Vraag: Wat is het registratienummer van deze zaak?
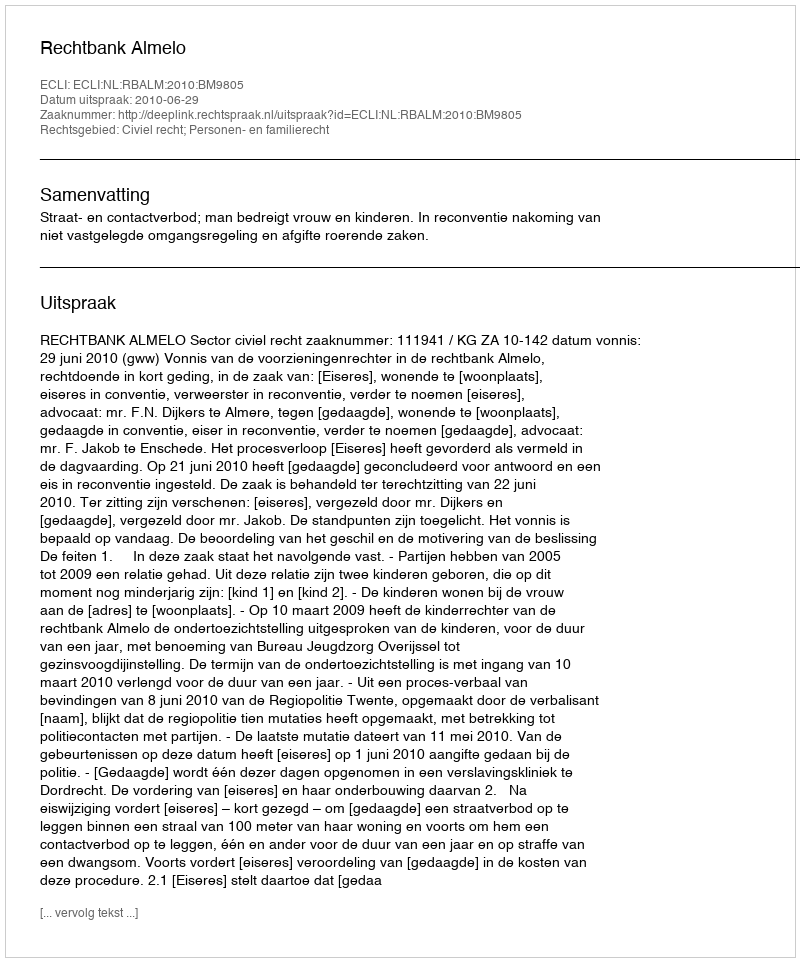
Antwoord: http://deeplink.rechtspraak.nl/uitspraak?id=ECLI:NL:RBALM:2010:BM9805